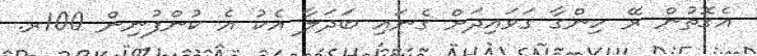
އެގޮތުން ރޭ ހިންގާ ގަވައިދަށް ގެނައި ބަދަލާ އެކު އެ ކުންފުނިން 100ރ.